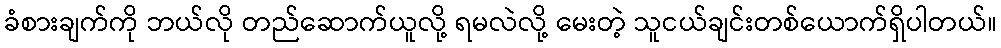
ခံစားချက်ကို ဘယ်လို တည်ဆောက်ယူလို့ ရမလဲလို့ မေးတဲ့ သူငယ်ချင်းတစ်ယောက်ရှိပါတယ်။